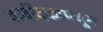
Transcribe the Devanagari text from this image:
कर्बोदकामधून